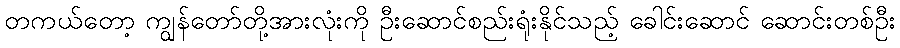
တကယ်တော့ ကျွန်တော်တို့အားလုံးကို ဦးဆောင်စည်းရုံးနိုင်သည့် ခေါင်းဆောင် ဆောင်းတစ်ဦး